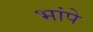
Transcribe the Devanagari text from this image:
भांपे